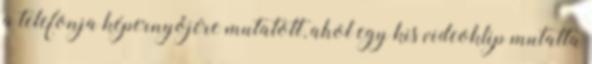
a telefonja képernyőjére mutatott, ahol egy kis videoklip mutatta